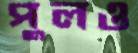
পুলও